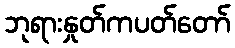
ဘုရားနှုတ်ကပတ်တော်